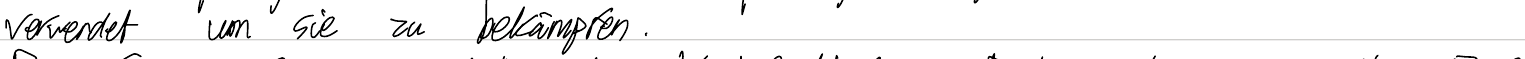
verwendet um sie zu bekämpfen.